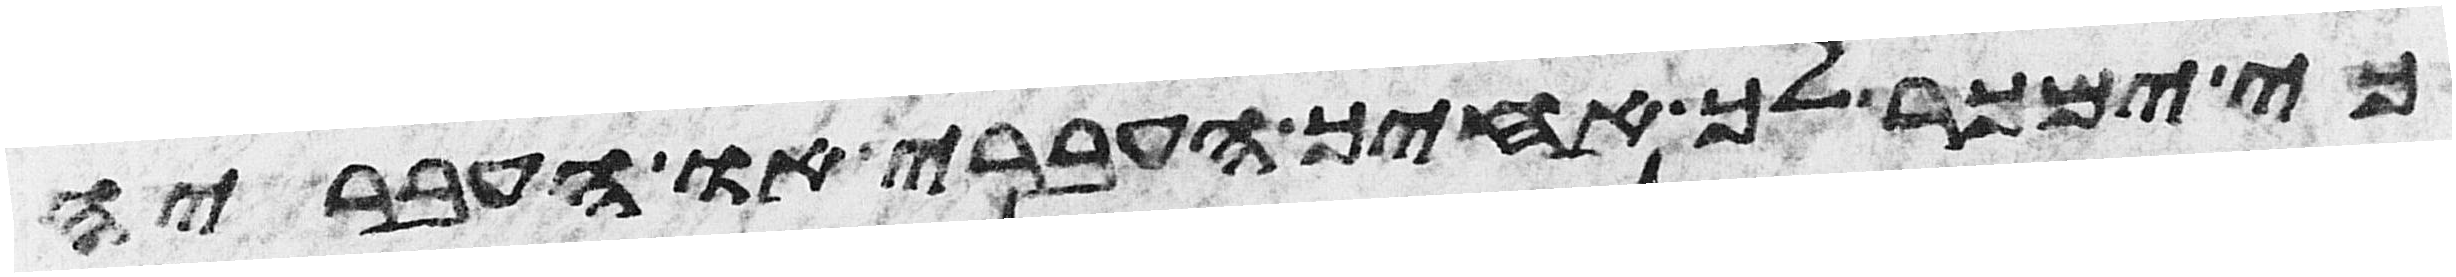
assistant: כי ימכר לך אחיך העברי או העבריה